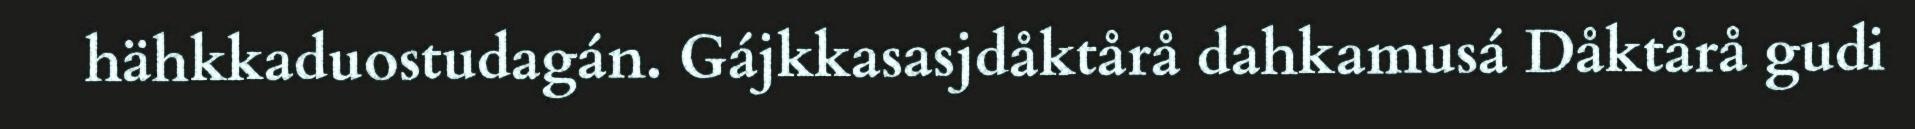
hähkkaduostudagán. Gájkkasasjdåktårå dahkamusá Dåktårå gudi